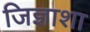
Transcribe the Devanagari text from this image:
जिज्ञाशा